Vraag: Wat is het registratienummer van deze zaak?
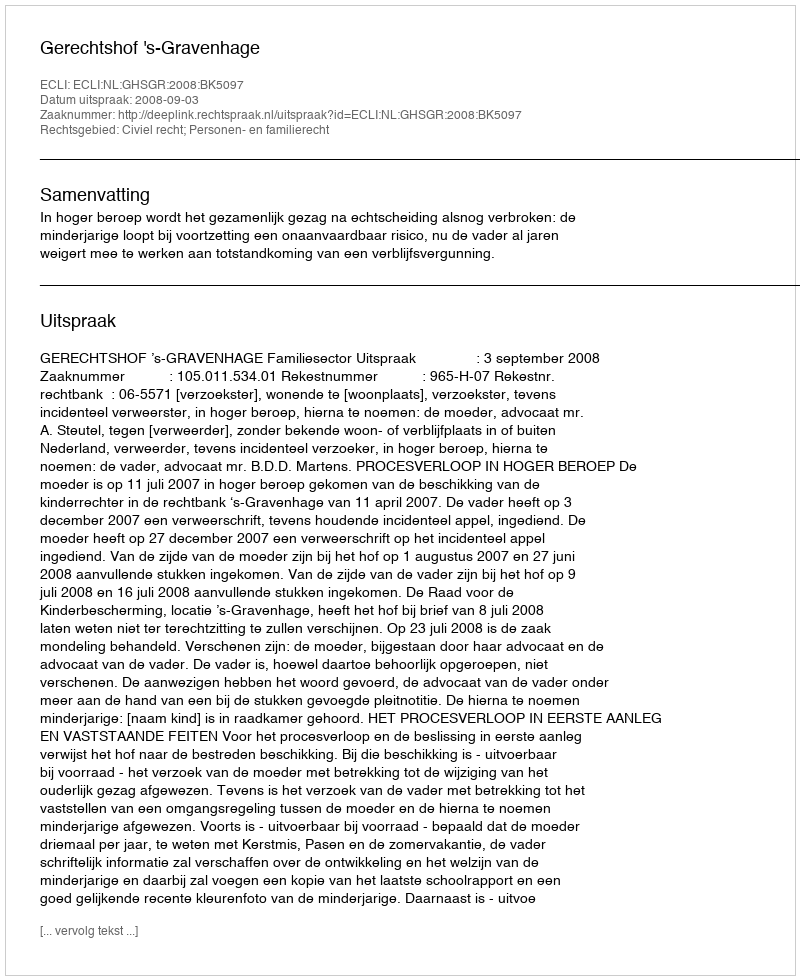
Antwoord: http://deeplink.rechtspraak.nl/uitspraak?id=ECLI:NL:GHSGR:2008:BK5097